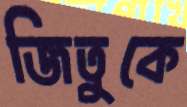
জিতুকে